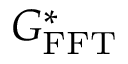
G _ { \mathrm { F F T } } ^ { * }